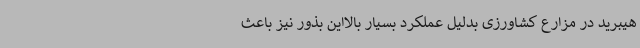
هیبرید در مزارع کشاورزی بدلیل عملکرد بسیار بالااین بذور نیز باعث